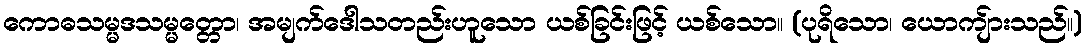
ကောဓသမ္မဒသမ္မတ္တော၊ အမျက်ဒေါသတည်းဟူသော ယစ်ခြင်းဖြင့် ယစ်သော။ (ပုရိသော၊ ယောကျ်ားသည်။)